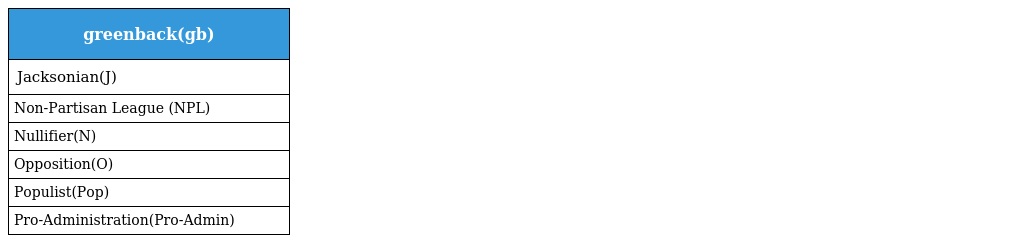
| greenback(gb) |
 | --- |
 | Jacksonian(J) |
 | Non-Partisan League (NPL) |
 | Nullifier(N) |
 | Opposition(O) |
 | Populist(Pop) |
 | Pro-Administration(Pro-Admin) |